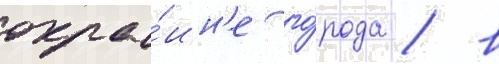
окра́ин'е го́рода / в